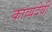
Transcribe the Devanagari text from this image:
काव्यदेवी